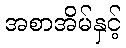
အစာအိမ်နှင့်